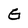
Character: G